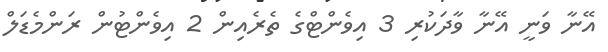
އޭނާ ވަނީ އޭނާ ވާދަކުރި 3 އިވެންޓްގެ ތެރެއިން 2 އިވެންޓުން ރަންމެޑަލް